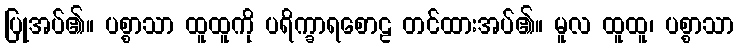
ပြုအပ်၏။ ပစ္စာသာ ထူထူကို ပရိက္ခာရစောဠ တင်ထားအပ်၏။ မူလ ထူထူ၊ ပစ္စာသာ